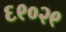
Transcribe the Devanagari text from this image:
६९०२९